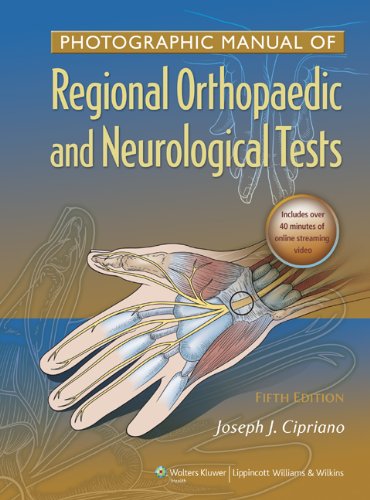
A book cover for Photographic Manual of Regional Orthopaedic and Neurologic Tests; Joseph J. Cipriano DC; Medical Books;